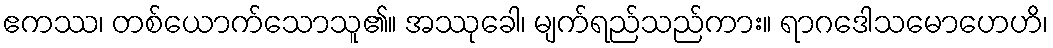
ဧကဿ၊ တစ်ယောက်သောသူ၏။ အဿုခေါ၊ မျက်ရည်သည်ကား။ ရာဂဒေါသမောဟေဟိ၊